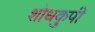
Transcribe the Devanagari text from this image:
शोधकुपी